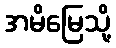
အမိမြေသို့